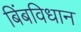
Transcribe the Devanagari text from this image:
बिंबविधान